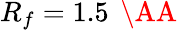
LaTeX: R_{f}=1.5\, \mathrm{~\AA~}